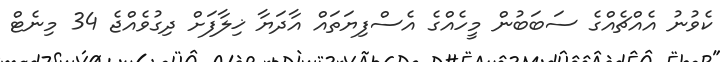
ކެވުނު އެއްޗެއްގެ ސަބަބުން މީހެއްގެ އެސްފިޔަތައް އާދަޔާ ޚިލާފަށް ދިގުވެއްޖެ 34 މިނެޓް